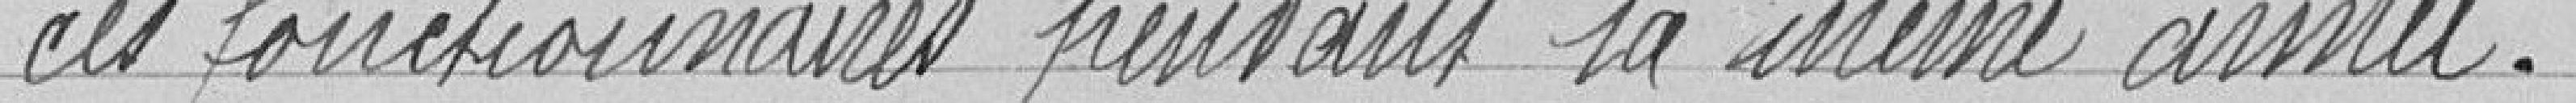
" ces fonctionnaires pendant la même année.